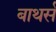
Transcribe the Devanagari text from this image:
बाथर्स